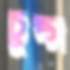
চুপ্‌স